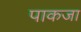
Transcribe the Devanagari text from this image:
पाकजा